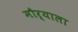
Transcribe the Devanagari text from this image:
मौर्याला